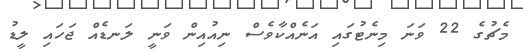
މެޗުގެ 22 ވަނަ މިނެޓުގައި އަނެއްކާވެސް ނިއުއިން ވަނީ ލަނޑެއް ޖަހައި ލީޑު